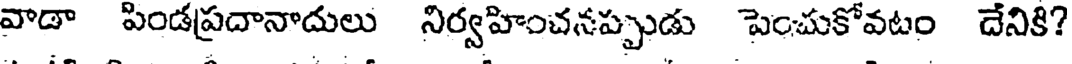
వాడా పిండప్రదానాదులు నిర్వహించనప్పుడు పెంచుకోవటం దేనికి?